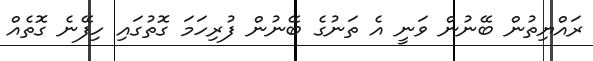
ރައްޔިތުން ބޭނުން ވަނީ އެ ތަނުގެ ބޭނުން ފުރިހަމަ ގޮތުގައި ހިފޭނެ ގޮތެއް